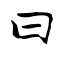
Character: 曰